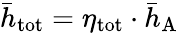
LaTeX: \bar{h}_{\mathrm{tot}}=\eta_{\mathrm{tot}}\cdot\bar{h}_{\mathrm{A}}